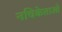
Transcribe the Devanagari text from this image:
नचिकेताओ